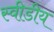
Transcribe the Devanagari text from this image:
स्वीडीय